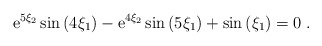
\begin{align*}{\rm e}^{5 \xi_2} \sin \left( 4 \xi_1 \right) -{\rm e}^{4 \xi_2} \sin \left( 5 \xi_1 \right) +\sin \left( \xi_1 \right) = 0 \;.\end{align*}